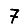
Digit: 7